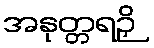
အနုတ္တရဉှိ